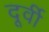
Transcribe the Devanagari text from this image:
दूर्वी